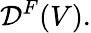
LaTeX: {\mathcal{D}}^{F}(V).